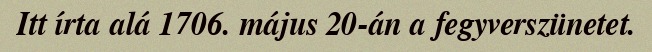
Itt írta alá 1706. május 20-án a fegyverszünetet.